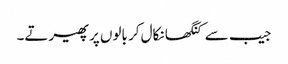
جیب سے کنگھا نکال کر بالوں پر پھیرتے۔